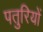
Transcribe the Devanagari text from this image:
पतुरियों